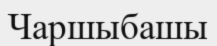
Чаршыбашы